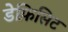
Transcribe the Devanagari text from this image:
डेफ़िसिट